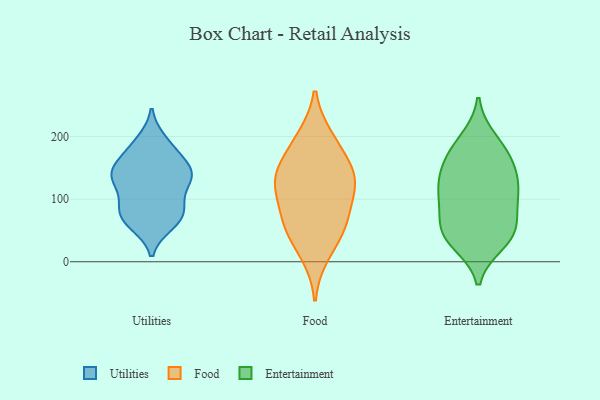
{"axis": {"x": "Customer Acquisition Cost (USD)", "y": "Value"}, "legend": ["Entertainment", "Food", "Utilities"], "data": [{"x": "", "y": 144, "type": "Utilities"}, {"x": "", "y": 135, "type": "Utilities"}, {"x": "", "y": 126, "type": "Utilities"}, {"x": "", "y": 86, "type": "Utilities"}, {"x": "", "y": 87, "type": "Utilities"}, {"x": "", "y": 147, "type": "Utilities"}, {"x": "", "y": 142, "type": "Utilities"}, {"x": "", "y": 60, "type": "Utilities"}, {"x": "", "y": 159, "type": "Utilities"}, {"x": "", "y": 187, "type": "Utilities"}, {"x": "", "y": 173, "type": "Utilities"}, {"x": "", "y": 63, "type": "Utilities"}, {"x": "", "y": 193, "type": "Utilities"}, {"x": "", "y": 93, "type": "Utilities"}, {"x": "", "y": 74, "type": "Utilities"}, {"x": "", "y": 132, "type": "Utilities"}, {"x": "", "y": 130, "type": "Utilities"}, {"x": "", "y": 68, "type": "Utilities"}, {"x": "", "y": 52, "type": "Food"}, {"x": "", "y": 143, "type": "Food"}, {"x": "", "y": 91, "type": "Food"}, {"x": "", "y": 126, "type": "Food"}, {"x": "", "y": 63, "type": "Food"}, {"x": "", "y": 140, "type": "Food"}, {"x": "", "y": 198, "type": "Food"}, {"x": "", "y": 115, "type": "Food"}, {"x": "", "y": 12, "type": "Food"}, {"x": "", "y": 142, "type": "Food"}, {"x": "", "y": 55, "type": "Food"}, {"x": "", "y": 190, "type": "Food"}, {"x": "", "y": 36, "type": "Entertainment"}, {"x": "", "y": 30, "type": "Entertainment"}, {"x": "", "y": 157, "type": "Entertainment"}, {"x": "", "y": 142, "type": "Entertainment"}, {"x": "", "y": 45, "type": "Entertainment"}, {"x": "", "y": 112, "type": "Entertainment"}, {"x": "", "y": 111, "type": "Entertainment"}, {"x": "", "y": 51, "type": "Entertainment"}, {"x": "", "y": 49, "type": "Entertainment"}, {"x": "", "y": 99, "type": "Entertainment"}, {"x": "", "y": 184, "type": "Entertainment"}, {"x": "", "y": 105, "type": "Entertainment"}, {"x": "", "y": 167, "type": "Entertainment"}, {"x": "", "y": 195, "type": "Entertainment"}, {"x": "", "y": 70, "type": "Entertainment"}, {"x": "", "y": 137, "type": "Entertainment"}]}